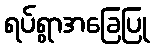
ရပ်ရွာအခြေပြု